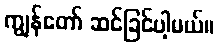
ကျွန်တော် ဆင်ခြင်ပါ့မယ်။